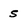
Character: 5